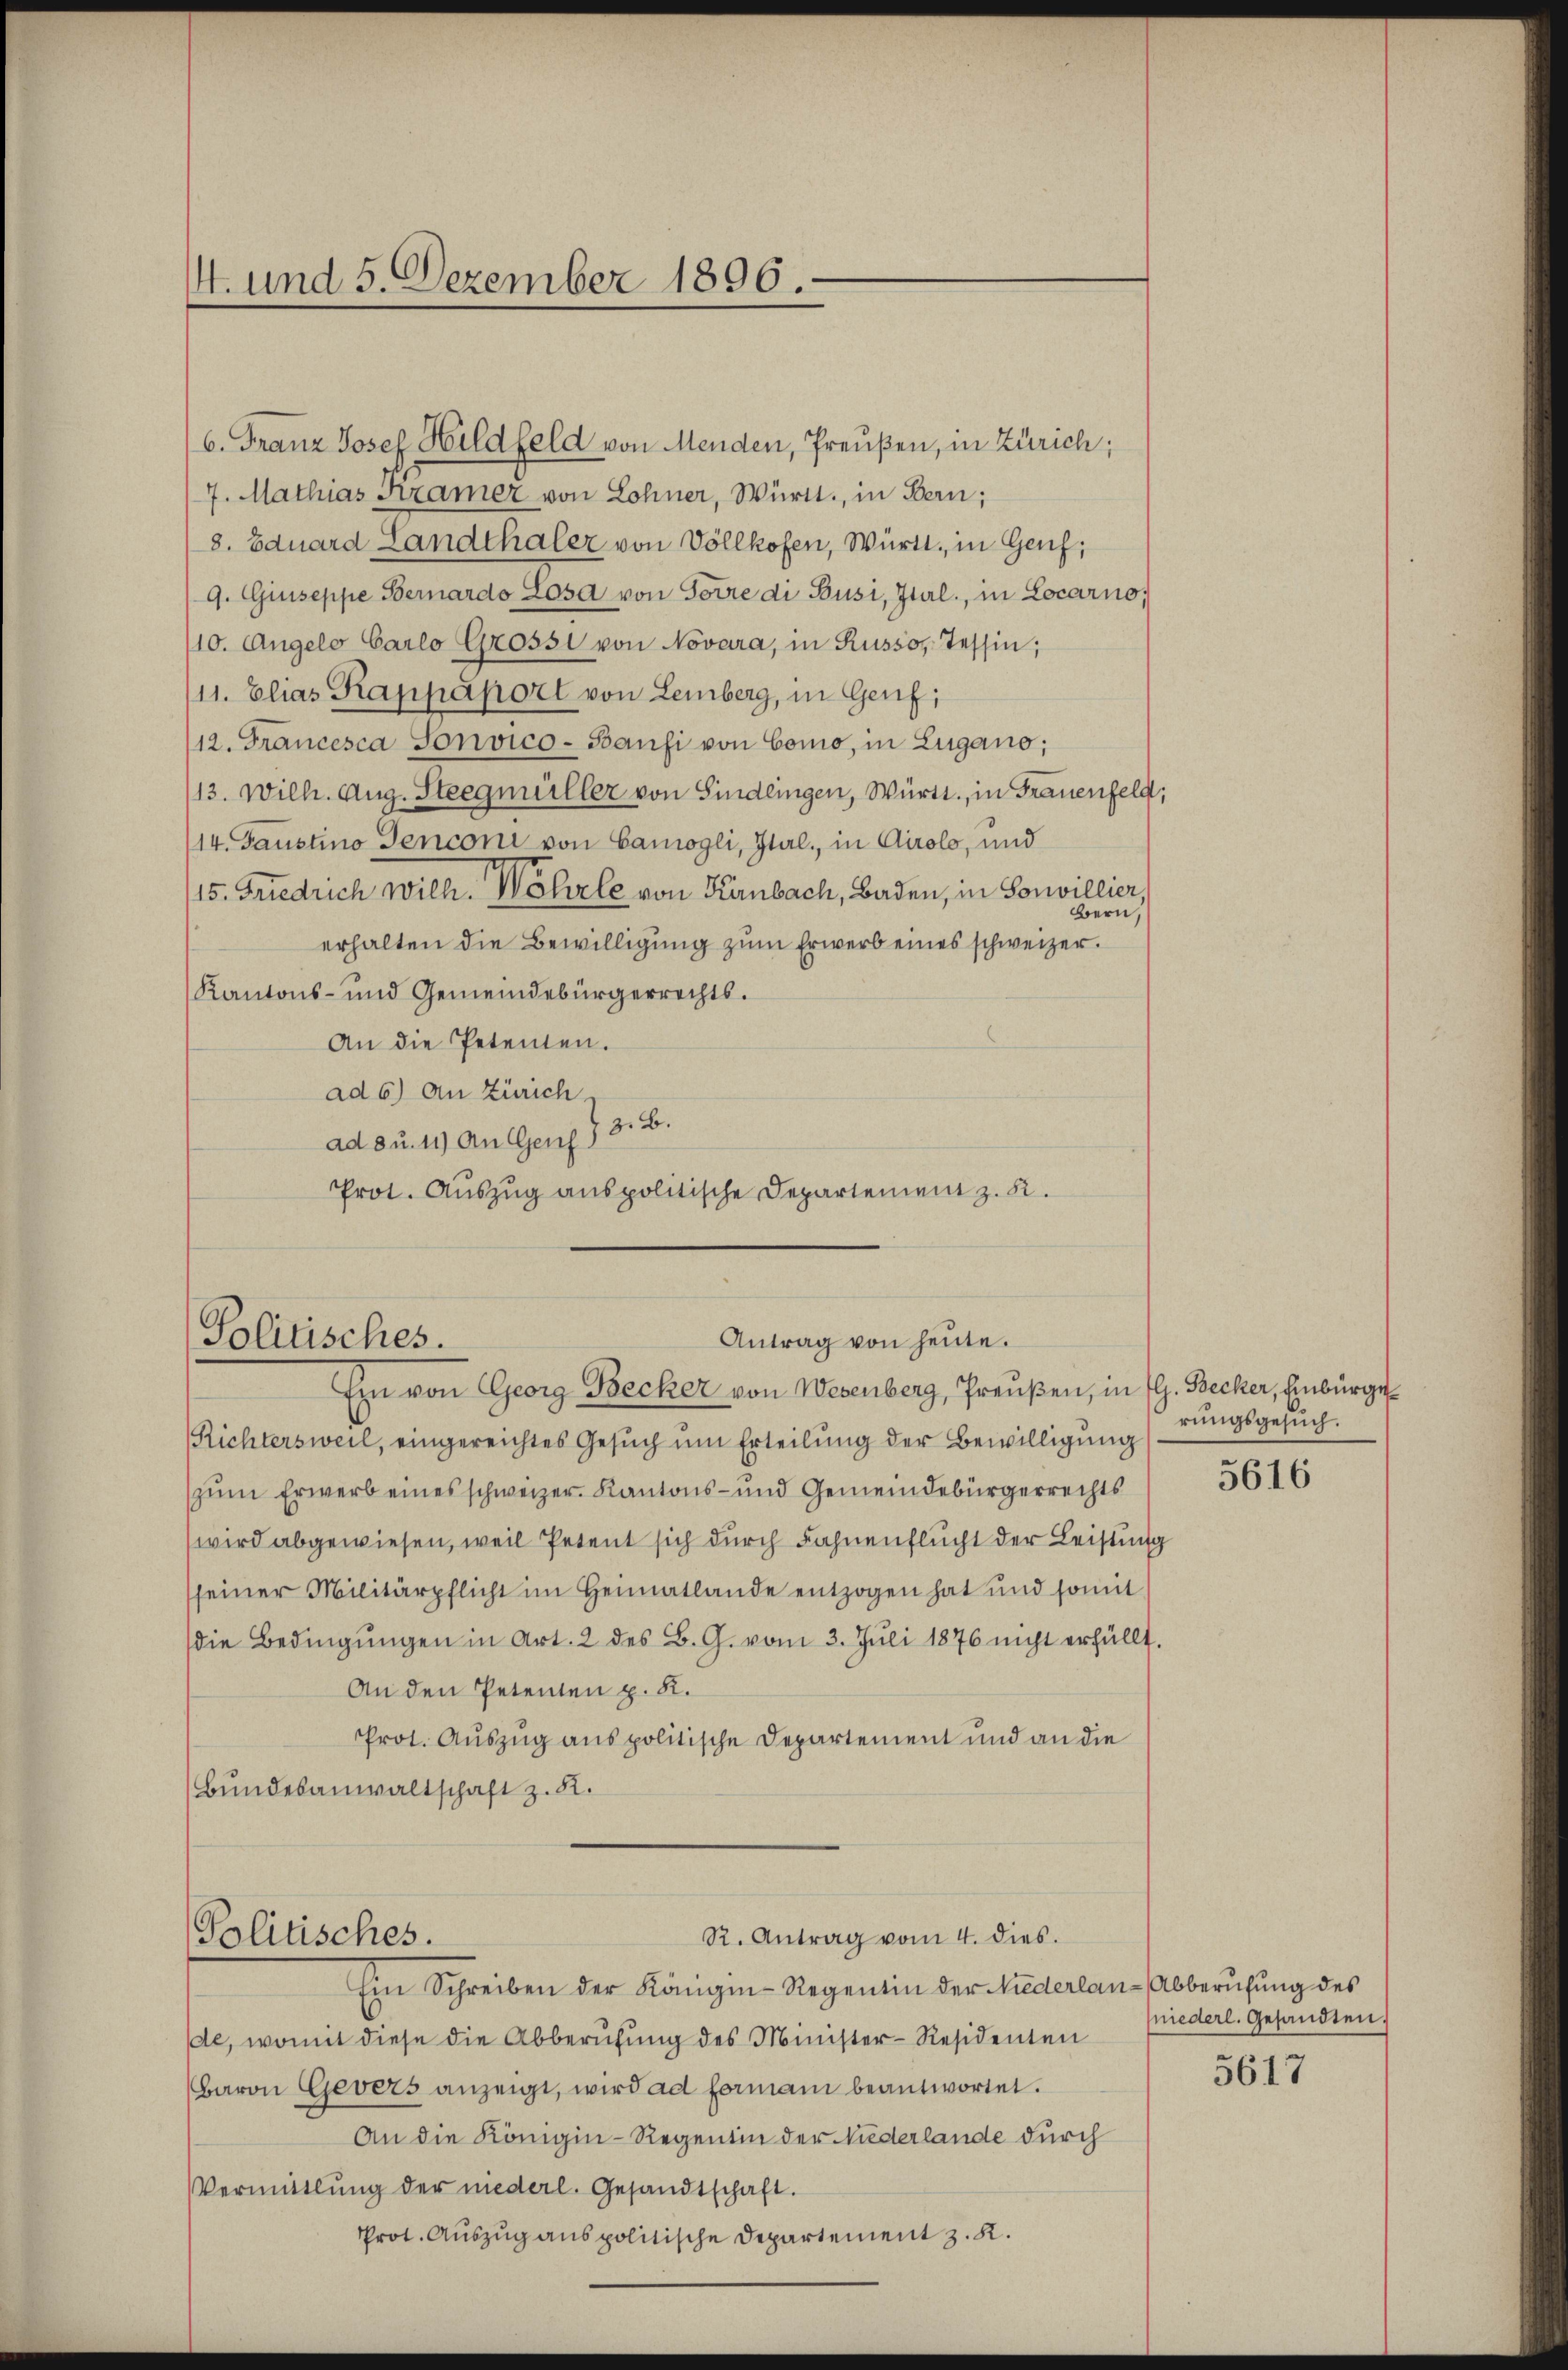
6. Franz Josef Hildfeld von Menden, Preußen, in Zürich;
7. Mathias Kramer von Lohner, Württ., in Bern;
8. Eduard Landthaler von Vollkofen, Württ. in Genf,
9. Giuseppe Bernardo Losa von Forre di Busi, Ital, in Locarno,
(10. Angelo Carlo Grossi von Novara, in Russo, Tessin;
11. Elias Kappaport von Lemberg, in Genf;
12. Francesca Sonvico- Baufi von Como, in Lugano;
13. Wilh. Aug. Steegmüller von Sindlingen, Württ., in Frauenfeld,
/14. Gaustino Tenconi von Camogli, Ital., in Airolo, und
15. Friedrich will. Wehrle von Kanbach, Baden, in Souvillier,
Bern,
erhalten die Bewilligung zum Erwerb eines schweizer.
Kantons- und Gemeindebürgerrechts.
An die Petenten.
ad 6) An Zürich
ad 3 u. 11) An Genf 13. B.
Prot. Auszug anspolitische Departement z. B.

4. und 5. Dezember 1896.

Antrag von heute.
Politisches.

Ein von Georg Becker von Wesenberg, Preußen, in fl. Becker, Einbürge¬
Richtersweil, eingereichtes Gesuch um Erteilung der Bewilligung
zum Erwerb eines schweizer. Kantons- und Gemeindebürgerrechts
wird abgewiesen, weil Petent sich durch Fahnenflucht der Leistung
sseiner Militärpflicht im Heimatlande entzogen hat und somit
(die Bedingŭngen in Art. 2 des B. G. vom 3. Jŭli 1876 nicht erfüllt.
An den Petenten p. K.
Prot. Auszug aus politische Departement und an die
Bundesanwaltschaft z. B.
R. Antrag vom 4. dies.
Politisches.
Ein Schreiben der Königin-Regentin der Niederlan-Abberufung des
de, womit diese die Abberufung des Minister-Residenten
Baron Gevers anzeigt, wird ad formani beantwortet.
An die Königin-Regentin der Niederlande durch
Vermittlung der mederl. Gesandtschaft.
Prot. Auszug aus politische Departement z. R.

rungsgesuch.

5616

niederl. Gesandten.

5617